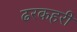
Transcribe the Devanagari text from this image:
ढरकहरी